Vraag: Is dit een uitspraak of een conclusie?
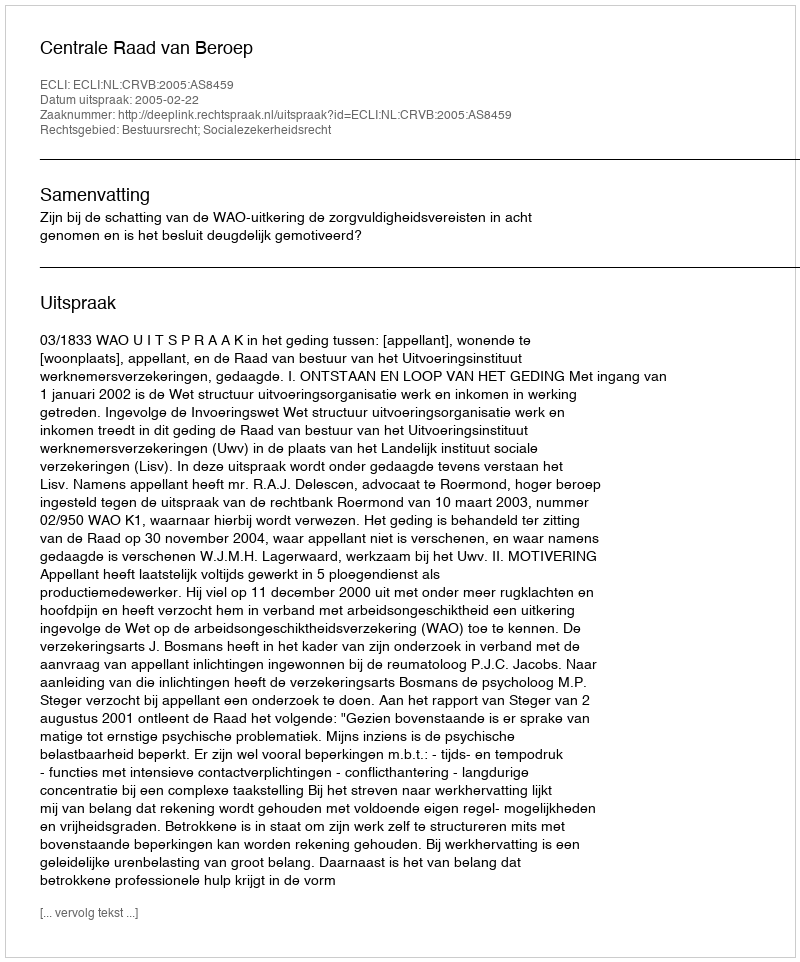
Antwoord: Uitspraak